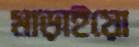
মাড়াইয়ো